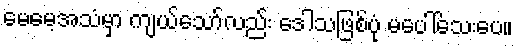
မေမေ့အသံမှာ ကျယ်သော်လည်း ဒေါသဖြစ်ပုံ မပေါ်သေးပေ။